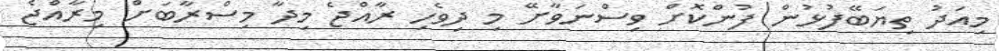
މިއަދު ތިޔަބޭފުޅުން ފުންކޮށް ވިސްނަވާށޭ މި ދިވެހި ރާއްޖެ މިދާ މިސްރާބަށް މިރާއްޖެ